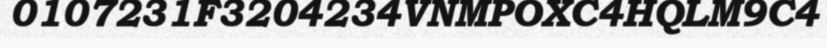
0107231F3204234VNMPOXC4HQLM9C4